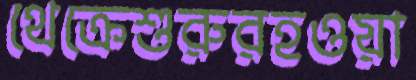
থেক্রেশুরুরহওয়া